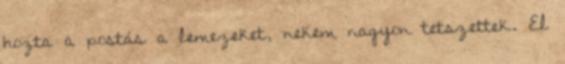
hozta a postás a lemezeket, nekem nagyon tetszettek. El